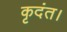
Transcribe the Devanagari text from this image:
कृदंत।